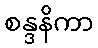
စန္ဒနိကာ